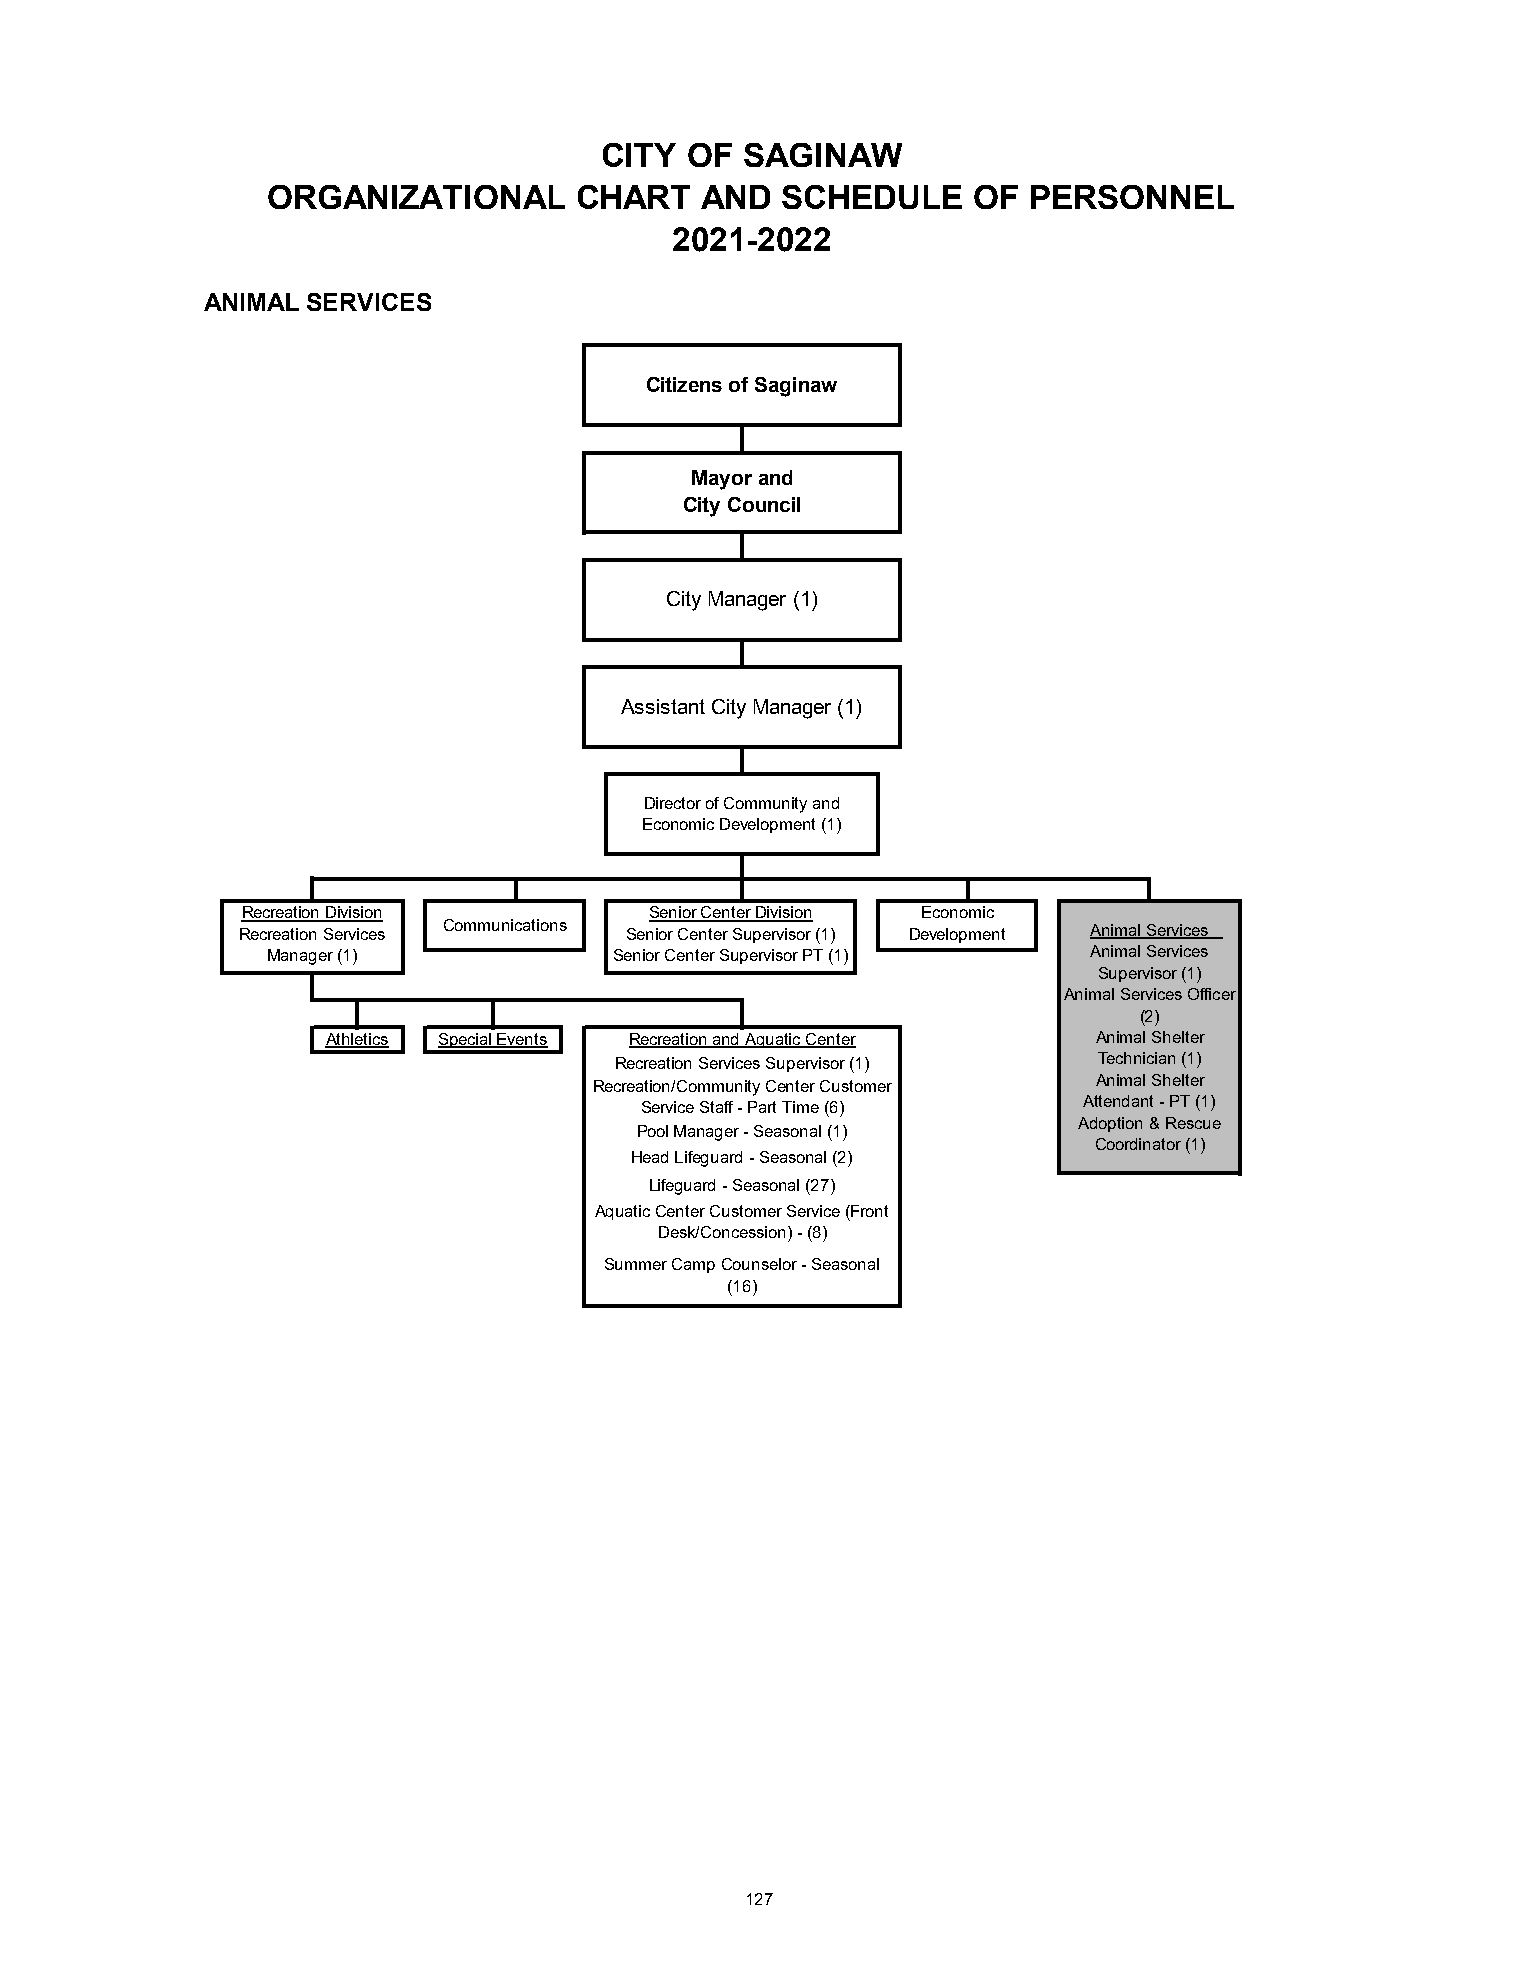
CITY OF  SAGINAW
 ORGANIZATIONAL      CHART   AND   SCHEDULE    OF  PERSONNEL
 2021-2022
 ANIMAL SERVICES
 Citizens of Saginaw
 Mayor and
 City Council
 City Manager (1)
 Assistant City Manager (1)
 Director of Community and
 Economic Development (1)
 Recreation Division        Senior Center Division Economic
 Recreation Services Communications Senior Center Supervisor (1) Development Animal Services
 Manager (1)            Senior Center Supervisor PT (1) Animal Services
 Supervisor (1)
 Animal Services Officer
 (2)
 Athletics Special Events Recreation and Aquatic Center Animal Shelter
 Recreation Services Supervisor (1) Technician (1)
 Recreation/Community Center Customer Animal Shelter
 Service Staff - Part Time (6) Attendant - PT (1)
 Adoption & Rescue
 Pool Manager - Seasonal (1)
 Coordinator (1)
 Head Lifeguard - Seasonal (2)
 Lifeguard - Seasonal (27)
 Aquatic Center Customer Service (Front
 Desk/Concession) - (8)
 Summer Camp Counselor - Seasonal
 (16)
 127